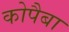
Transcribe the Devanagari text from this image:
कोपैबा